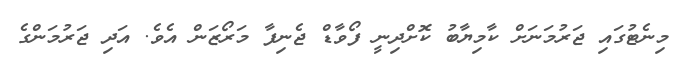
މިނެޓުގައި ޖަރުމަނަށް ކާމިޔާބު ކޮށްދިނީ ފޯވާޑް ޖެނިފާ މަރޯޒަން އެވެ. އަދި ޖަރުމަންގެ